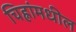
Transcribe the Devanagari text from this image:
चिह्नांमधील